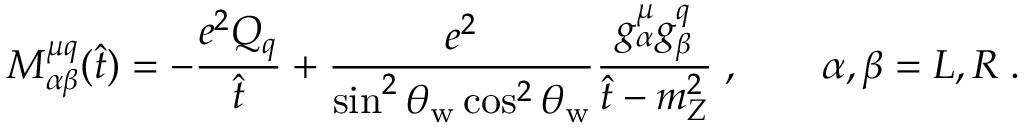
M _ { \alpha \beta } ^ { \mu q } ( \hat { t } ) = - \frac { e ^ { 2 } Q _ { q } } { \hat { t } } + \frac { e ^ { 2 } } { \sin ^ { 2 } \theta _ { \mathrm { w } } \cos ^ { 2 } \theta _ { \mathrm { w } } } \frac { g _ { \alpha } ^ { \mu } g _ { \beta } ^ { q } } { \hat { t } - m _ { Z } ^ { 2 } } \; , \qquad \alpha , \beta = L , R \; .